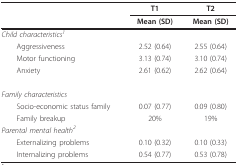
|  | T1 | T2 |
 |  | Mean (SD) | Mean (SD) |
 | --- | --- | --- |
 | Child characteristics1 |  |  |
 | Aggressiveness | 2.52 (0.64) | 2.55 (0.64) |
 | Motor functioning | 3.13 (0.74) | 3.10 (0.74) |
 | Anxiety | 2.61 (0.62) | 2.62 (0.64) |
 | Family characteristics |  |  |
 | Socio-economic status family | 0.07 (0.77) | 0.09 (0.80) |
 | Family breakup | 20% | 19% |
 | Parental mental health2 |  |  |
 | Externalizing problems | 0.10 (0.32) | 0.10 (0.33) |
 | Internalizing problems | 0.54 (0.77) | 0.53 (0.78) |